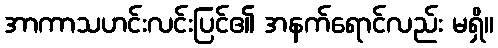
အာကာသဟင်းလင်းပြင်၏ အနက်ရောင်လည်း မရှိ။